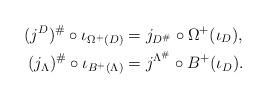
LaTeX: \begin{align*} (j^{D})^{\#} \circ \iota_{\Omega^{+}(D)} &= j_{D^{\#}} \circ \Omega^{+}(\iota_{D}), \\ (j_{\Lambda})^{\#} \circ \iota_{B^{+}(\Lambda)} &= j^{\Lambda^{\#}} \circ B^{+}(\iota_{D}).\end{align*}